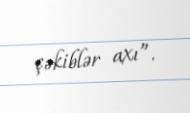
çəkiblər axı”.